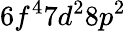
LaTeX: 6f^{4}7d^{2}8p^{2}